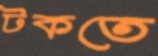
টকতে